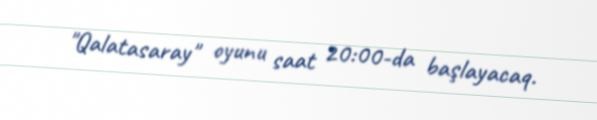
"Qalatasaray" oyunu saat 20:00-da başlayacaq.